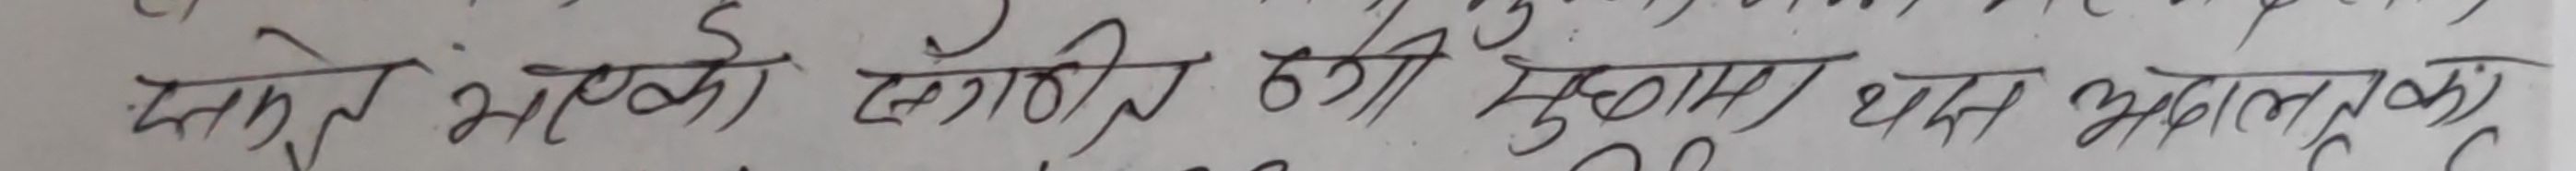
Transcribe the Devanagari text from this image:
तोरे भाको सङ्गठी मुकाम धन भनालुका